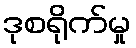
ဒုစရိုက်မှု